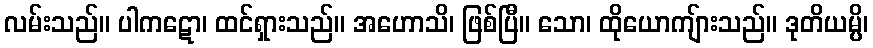
လမ်းသည်။ ပါကဋော၊ ထင်ရှားသည်။ အဟောသိ၊ ဖြစ်ပြီ။ သော၊ ထိုယောကျ်ားသည်။ ဒုတိယမ္ပိ၊